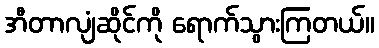
အီတာလျံဆိုင်ကို ရောက်သွားကြတယ်။